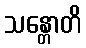
သန္တောတိ